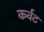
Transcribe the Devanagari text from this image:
कर्वट